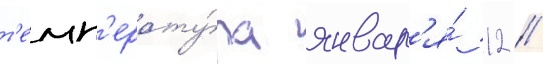
т'емп'ерату́ра январ'я́ 12 /